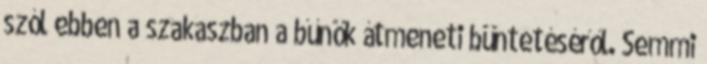
szól ebben a szakaszban a bűnök átmeneti büntetéséről. Semmi